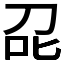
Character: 𭇌